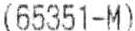
(65351-M)